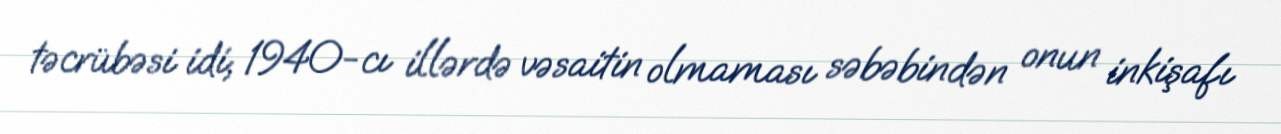
təcrübəsi idi; 1940-cı illərdə vəsaitin olmaması səbəbindən onun inkişafı